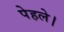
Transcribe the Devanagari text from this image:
पेहले।